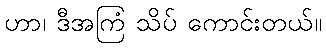
ဟာ၊ ဒီအကြံ သိပ် ကောင်းတယ်။